Insane asylums Bombay 1873-77 - 1873-1877
Year: 1873
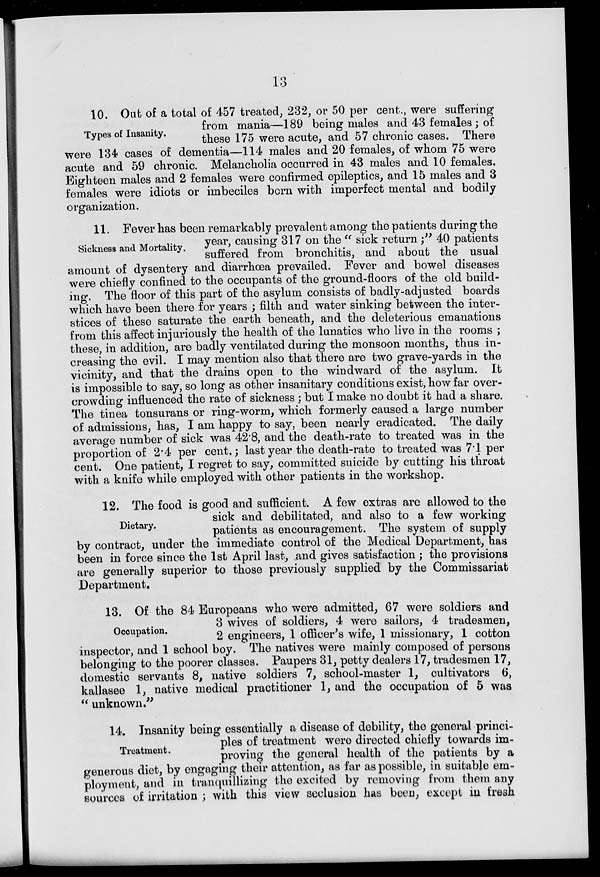
13
Types of Insanity.
10. Out of a total of 457 treated, 232, or 50 per cent., were suffering
from mania—189 being males and 43 females ; of
these 175 were acute, and 57 chronic cases. There
were 134 cases of dementia—114 males and 20 females, of whom 75 were
acute and 59 chronic. Melancholia occurred in 43 males and 10 females.
Eighteen males and 2 females were confirmed epileptics, and 15 males and 3
females were idiots or imbeciles born with imperfect mental and bodily
organization.
Sickness and Mortality.
11. Fever has been remarkably prevalent among the patients during the
year, causing 317 on the " sick return;" 40 patients
suffered from bronchitis, and about the usual
amount of dysentery and diarrhœa prevailed. Fever and bowel diseases
were chiefly confined to the occupants of the ground-floors of the old build-
ing. The floor of this part of the asylum consists of badly-adjusted boards
which have been there for years ; filth and water sinking between the inter-
stices of these saturate the earth beneath, and the deleterious emanations
from this affect injuriously the health of the lunatics who live in the rooms ;
these, in addition, are badly ventilated during the monsoon months, thus in-
creasing the evil. I may mention also that there are two grave-yards in the
vicinity, and that the drains open to the windward of the asylum. It
is impossible to say, so long as other insanitary conditions exist, how far over-
crowding influenced the rate of sickness ; but I make no doubt it had a share.
The tinea tonsurans or ring-worm, which formerly caused a large number
of admissions, has, I am happy to say, been nearly eradicated. The daily
average number of sick was 42.8, and the death-rate to treated was in the
proportion of 2.4 per cent. ; last year the death-rate to treated was 7.1 per
cent. One patient, I regret to say, committed suicide by cutting his throat
with a knife while employed with other patients in the workshop.
Dietary.
12. The food is good and sufficient. A few extras are allowed to the
sick and debilitated, and also to a few working
patients as encouragement. The system of supply
by contract, under the immediate control of the Medical Department, has
been in force since the 1st April last, and gives satisfaction ; the provisions
are generally superior to those previously supplied by the Commissariat
Department.
Occupation.
13. Of the 84 Europeans who were admitted, 67 were soldiers and
3 wives of soldiers, 4 were sailors, 4 tradesmen,
2 engineers, 1 officer's wife, 1 missionary, 1 cotton
inspector, and 1 school boy. The natives were mainly composed of persons
belonging to the poorer classes. Paupers 31, petty dealers 17, tradesmen 17,
domestic servants 8, native soldiers 7, school-master 1, cultivators 6,
kallasee 1, native medical practitioner 1, and the occupation of 5 was
" unknown."
Treatment.
14. Insanity being essentially a disease of debility, the general princi-
ples of treatment were directed chiefly towards im-
proving the general health of the patients by a
generous diet, by engaging their attention, as far as possible, in suitable em-
ployment, and in tranquillizing the excited by removing from them any
sources of irritation ; with this view seclusion has been, except in fresh